Vaccination in the Punjab 1867-1880 - 1867-1880
Year: 1867
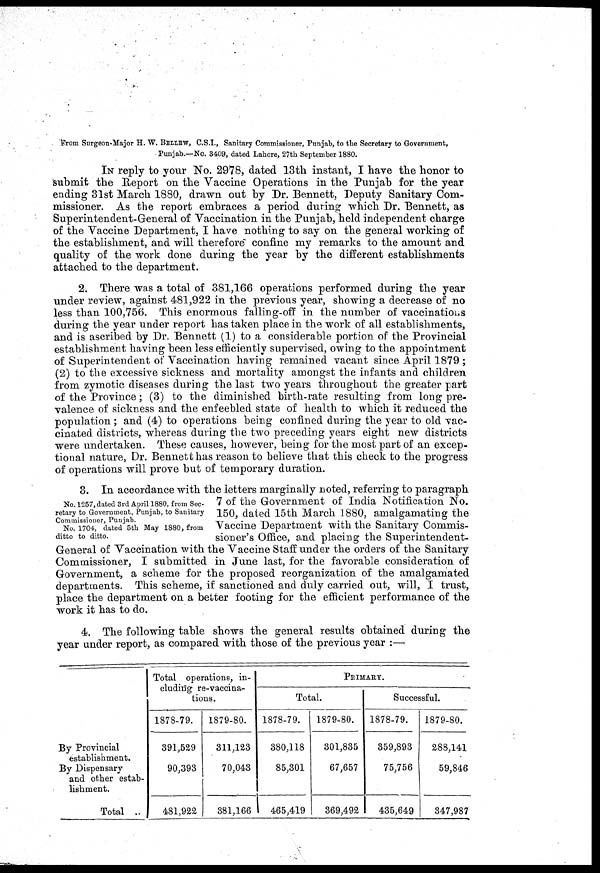
From Surgeon-Major H. W. BELLEW, C.S.I., Sanitary Commissioner, Punjab, to the Secretary to Government,
Punjab.—No. 3409, dated Lahore, 27th September 1880.
IN reply to your No. 2978, dated 13th instant, I have the honor to
submit the Report on the Vaccine Operations in the Punjab for the year
ending 31st March 1880, drawn out by Dr. Bennett, Deputy Sanitary Com-
missioner. As the report embraces a period during which Dr. "Bennett, as
Superintendent-General of Vaccination in the Punjab, held independent charge
of the Vaccine Department, I have nothing to say on the general working of
the establishment, and will therefore confine my remarks to the amount and
quality of the work done during the year by the different establishments
attached to the department.
2. There was a total of 381,166 operations performed during the year
under review, against 481,922 in the previous year, showing a decrease of no
less than 100,756. This enormous falling-off in the number of vaccinations
during the year under report has taken place in the work of all establishments,
and is ascribed by Dr. Bennett (1) to a considerable portion of the Provincial
establishment having been less efficiently supervised, owing to the appointment
of Superintendent of Vaccination having remained vacant since April 1879 ;
(2) to the excessive sickness and mortality amongst the infants and children
from zymotic diseases during the last two years throughout the greater part
of the Province ; (3) to the diminished birth-rate resulting from long pre-
valence of sickness and the enfeebled state of health to which it reduced the
population ; and (4) to operations being confined during the year to old vac-
cinated districts, whereas during the two preceding years eight new districts
were undertaken. These causes, however, being for the most part of an excep-
tional nature, Dr. Bennett has reason to believe that this check to the progress
of operations will prove but of temporary duration.
No. 1257, dated 3rd April 1880, from Sec-
retary to Government, Punjab, to Sanitary
Commissioner, Punjab.
No. 1704, dated 5th May 1880, from
ditto to ditto.
3. In accordance with the letters marginally noted, referring to paragraph
7 of the Government of India Notification No.
150, dated 15th March 1880, amalgamating the
Vaccine Department with the Sanitary Commis-
sioner's Office, and placing the Superintendent-
General of Vaccination with the Vaccine Staff under the orders of the Sanitary
Commissioner, I submitted in June last, for the favorable consideration of
Government, a scheme for the proposed reorganization of the amalgamated
departments. This scheme, if sanctioned and duly carried out, will, I trust,
place the department on a better footing for the efficient performance of the
work it has to do.
4. The following table shows the general results obtained during the
year under report, as compared with those of the previous year :—
By Provincial
establishment.
By Dispensary
and other estib-
lishment.
Total ..
Total operations, in-
cluding re-vaccina-
tions.
1878-79.
391,529
90,393
481,922
1879-80.
311,123
70,043
381,166
PRIMARY.
Total.
1878-79.
380,118
85,301
465,419
1879-80.
301,835
67,657
369,492
Successful.
1878-79.
359,893
75,756
435,649
1879-80.
288,141
59,846
347,987